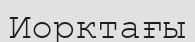
Иорктағы